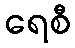
ရေစီ